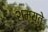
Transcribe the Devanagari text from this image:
शमयते